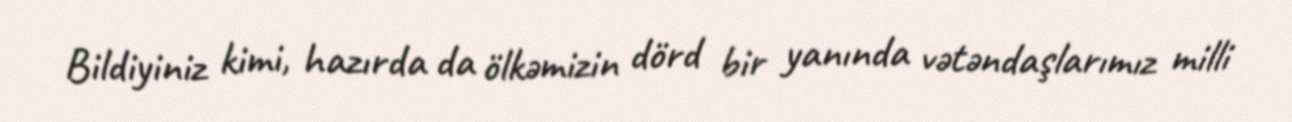
Bildiyiniz kimi, hazırda da ölkəmizin dörd bir yanında vətəndaşlarımız milli